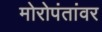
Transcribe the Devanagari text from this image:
मोरोपंतांवर